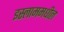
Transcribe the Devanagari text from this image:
इस्लाममधील